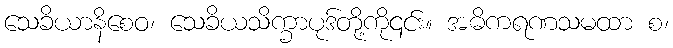
သေခိယာနိစေဝ၊ သေခိယသိက္ခာပုဒ်တို့ကို၎င်း။ အဓိကရဏသမထာ စ၊